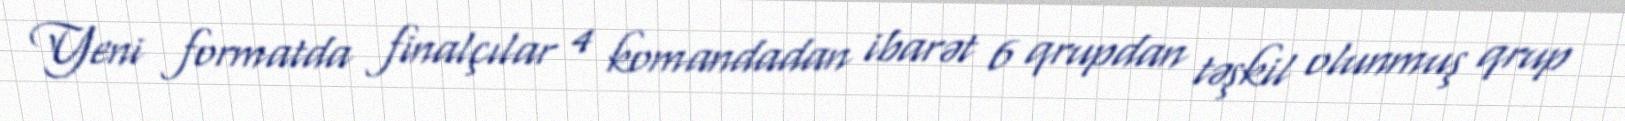
Yeni formatda finalçılar 4 komandadan ibarət 6 qrupdan təşkil olunmuş qrup